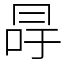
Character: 冔